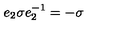
e _ { 2 } \sigma e _ { 2 } ^ { - 1 } = - \sigma